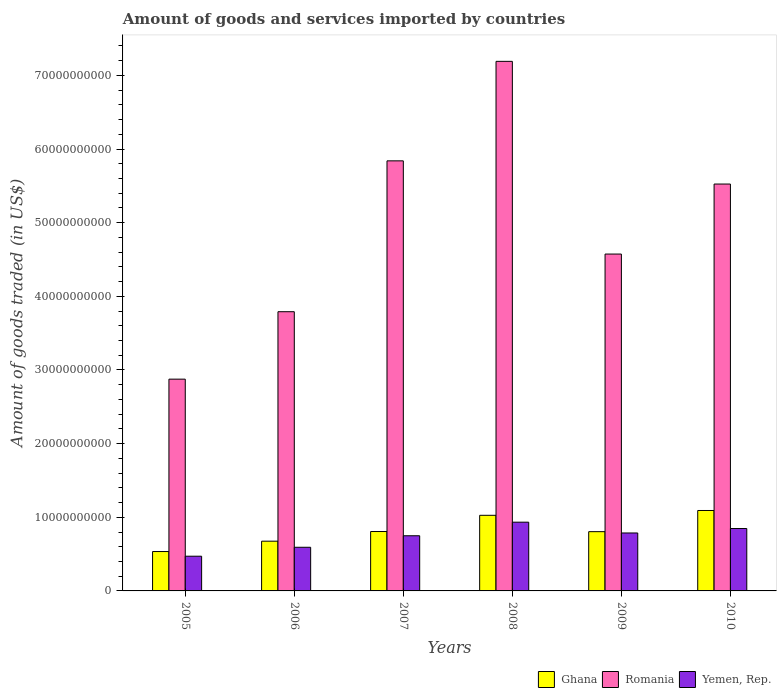
| Years | Ghana | Romania | Yemen, Rep. |
 | --- | --- | --- | --- |
 | 2005 | 5.35e+09 | 2.88e+10 | 4.71e+09 |
 | 2006 | 6.75e+09 | 3.79e+10 | 5.93e+09 |
 | 2007 | 8.07e+09 | 5.84e+10 | 7.49e+09 |
 | 2008 | 1.03e+10 | 7.19e+10 | 9.33e+09 |
 | 2009 | 8.05e+09 | 4.57e+10 | 7.87e+09 |
 | 2010 | 1.09e+10 | 5.53e+10 | 8.47e+09 |